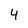
Character: 4